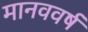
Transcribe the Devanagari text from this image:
मानववर्ष